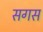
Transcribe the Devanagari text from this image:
सगस